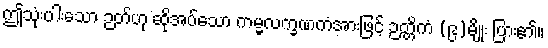
ဤသုံးပါးသော ဉတ်ဟု ဆိုအပ်သော ကမ္မလက္ခဏကံအားဖြင့် ဉတ္တိကံ (၉)မျိုး ပြား၏။